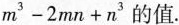
m^{3} - 2 m n + n^{3}$$ 的值。